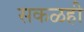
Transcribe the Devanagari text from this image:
सकळही